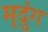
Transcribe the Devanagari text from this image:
मृदुंग